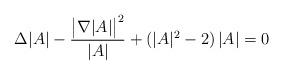
LaTeX: \begin{align*} \Delta |A| - \frac{\big | \nabla |A| \big |^2}{|A|} + (|A|^2 - 2) \, |A| = 0\end{align*}